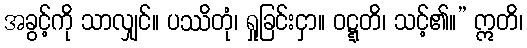
အခွင့်ကို သာလျှင်။ ပဿိတုံ၊ ရှုခြင်းငှာ။ ဝဋ္ဋတိ၊ သင့်၏။” ဣတိ၊